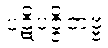
ပဋိပဇ္ဇိတဗ္ဗံ